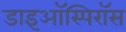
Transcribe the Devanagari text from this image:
डाइऑस्पिरॉस